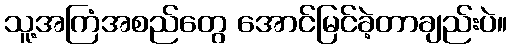
သူ့အကြံအစည်တွေ အောင်မြင်ခဲ့တာချည်းပဲ။